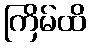
ကြိမ်ထိ